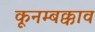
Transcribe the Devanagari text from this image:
कूनम्बक्काव